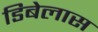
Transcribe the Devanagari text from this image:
डिबेलास